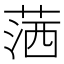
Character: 𦵜